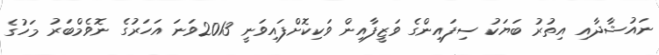
ނައުޝާދާއި އިތުރު ބަޔަކު ސިފައިންގެ ވަޒީފާއިން ވަކިކޮށްފައިވަނީ 2013ވަނަ އަހަރުގެ ނޮވެމްބަރު މަހުގެ